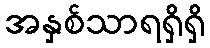
အနှစ်သာရရှိရှိ